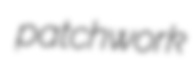
patchwork